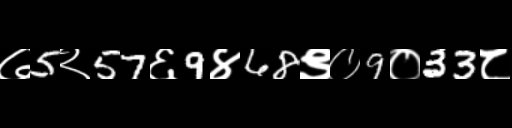
Text: ७5२57६9४68९०9०33८